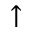
^ { \uparrow }